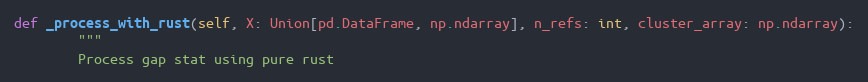
Language: Python
def _process_with_rust(self, X: Union[pd.DataFrame, np.ndarray], n_refs: int, cluster_array: np.ndarray):
        """
        Process gap stat using pure rust